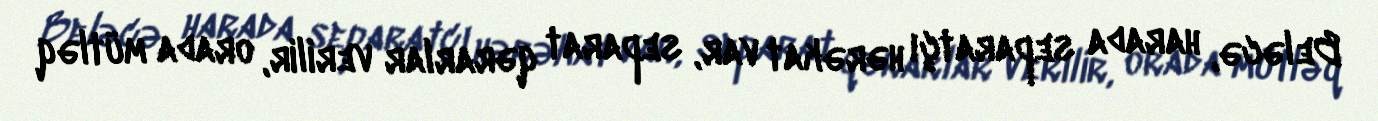
Beləcə, harada separatçı hərəkat var, separat qərarlar verilir, orada mütləq